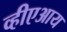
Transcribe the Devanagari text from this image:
व्हीएआय